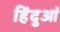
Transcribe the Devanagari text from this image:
हिंदुआं